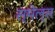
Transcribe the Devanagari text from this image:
स्‍मेल्‍स